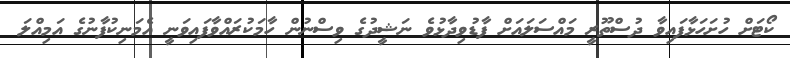
ކޯޓަށް ހުށަހަޅާފައިވާ ދުސްތޫރީ މައްސަލައަށް ފާޑުވިދާޅުވެ ނަޝީދުގެ ވިސްނުން ހާމަކުރައްވާފައިވަނީ އެމަނިކުފާނުގެ އަމިއްލަ